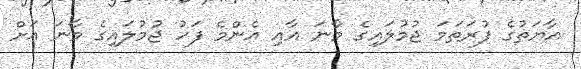
އާޔަތުގެ ފުރަތަމަ ޖުމުލައިގެ މާނަ އާއި އެންމެ ފަހު ޖުމުލައިގެ މާނަ އަށް